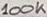
Text: 100K